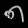
Digit: ၈